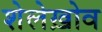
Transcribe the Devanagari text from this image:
शेलेख़ोव